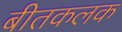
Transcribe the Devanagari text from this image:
बीतकलक